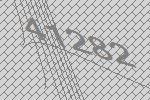
41282